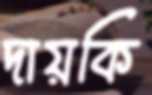
দায়কি